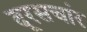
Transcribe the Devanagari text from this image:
दूरसचांर